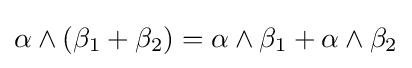
\alpha \wedge (\beta _{1}+\beta _{2})=\alpha \wedge \beta _{1}+\alpha \wedge \beta _{2}